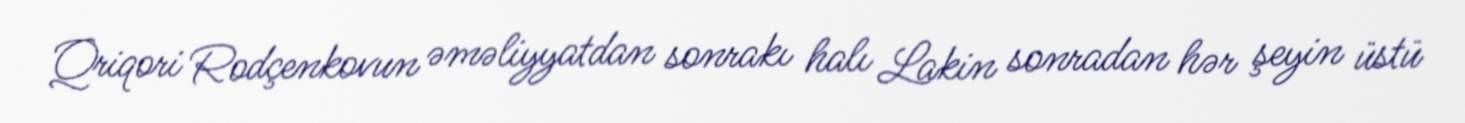
Qriqori Rodçenkovun əməliyyatdan sonrakı halı Lakin sonradan hər şeyin üstü